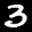
Label: 3